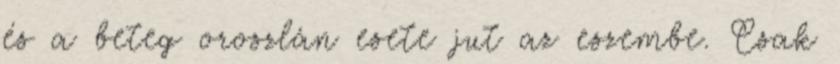
és a beteg oroszlán esete jut az eszembe. Csak